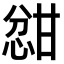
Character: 𫺦